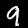
Digit: 9